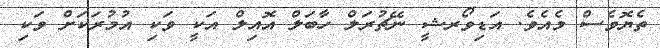
ތެޔޮވެސް މެއެވެ. އަޑިވޯރޝީ ނޭޗުރަލް ހާބަލް އޮއިލް އަކީ ވަކި އުމުރަކަށް ވަކި